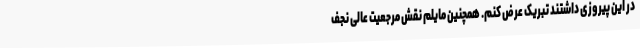
در این پیروزی داشتند تبریک عرض کنم. همچنین مایلم نقش مرجعیت عالی نجف